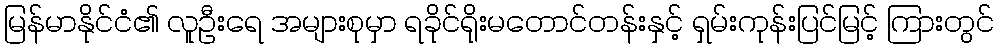
မြန်မာနိုင်ငံ၏ လူဦးရေ အများစုမှာ ရခိုင်ရိုးမတောင်တန်းနှင့် ရှမ်းကုန်းပြင်မြင့် ကြားတွင်